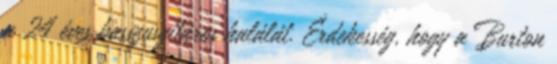
a 24 éves basszusgitáros halálát. Érdekesség, hogy a Burton